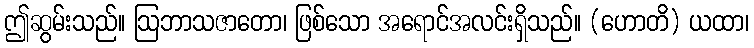
ဤဆွမ်းသည်။ ဩဘာသဇာတော၊ ဖြစ်သော အရောင်အလင်းရှိသည်။ (ဟောတိ) ယထာ၊